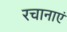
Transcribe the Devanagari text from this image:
रचानाएं